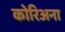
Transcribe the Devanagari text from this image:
कोरिअना